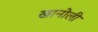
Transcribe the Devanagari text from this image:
खानोली